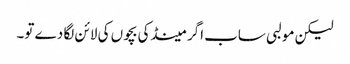
لیکن مولبی ساب اگر مینڈکی بچوں کی لائن لگا دے تو۔